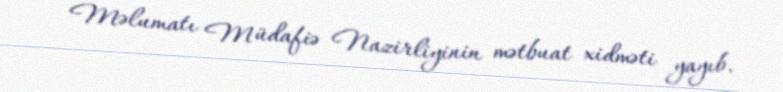
Məlumatı Müdafiə Nazirliyinin mətbuat xidməti yayıb.